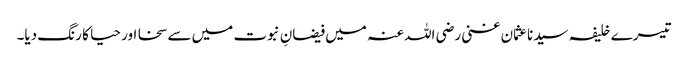
تیسرے خلیفہ سیدناعثمان غنی رضی اللہ عنہ میں فیضانِ نبوت میں سے سخا اور حیا کا رنگ دیا۔